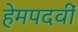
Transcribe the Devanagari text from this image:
हेमपदवीं